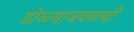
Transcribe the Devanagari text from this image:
डोळ्याजवळची